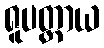
ရူပတ္ထာယ